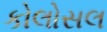
કોલોસલ